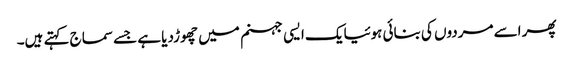
پھر اسے مردوں کی بنائی ہوئیایک ایسی جہنم میں چھوڑدیا ہے جسے سماج کہتے ہیں۔